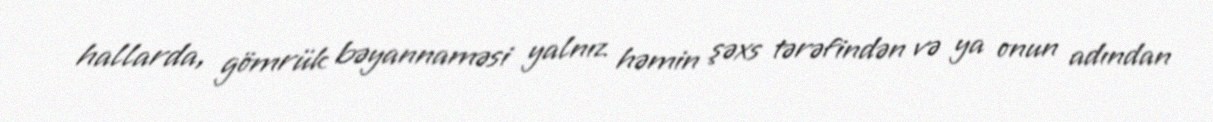
hallarda, gömrük bəyannaməsi yalnız həmin şəxs tərəfindən və ya onun adından